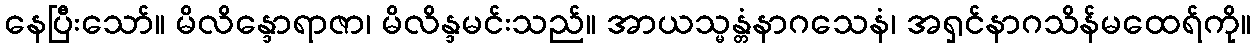
နေပြီးသော်။ မိလိန္ဒောရာဇာ၊ မိလိန္ဒမင်းသည်။ အာယသ္မန္တံနာဂသေနံ၊ အရှင်နာဂသိန်မထေရ်ကို။